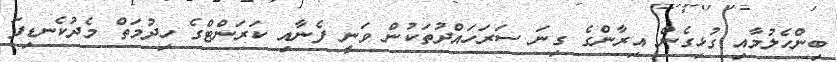
ބިންހެލުމާއި ގުޅިގެން އިރާންގެ ގިނަ ސަރަހައްދުތަކުން ވަނީ ފެނާއި ކަރަންޓްގެ ހިދުމަތް މެދުކެނޑިފަ